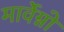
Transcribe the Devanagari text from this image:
मार्वेग्नो